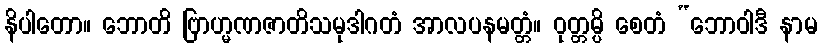
နိပါတော။ ဘောတိ ဗြာဟ္မဏဇာတိသမုဒါဂတံ အာလပနမတ္တံ။ ဝုတ္တမ္ပိ စေတံ “ဘောဝါဒီ နာမ